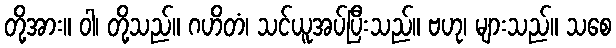
တို့အား။ ဝါ၊ တို့သည်။ ဂဟိတံ၊ သင်ယူအပ်ပြီးသည်။ ဗဟု၊ များသည်။ သစေ